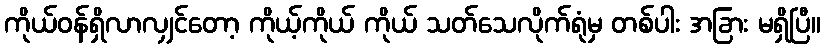
ကိုယ်ဝန်ရှိလာလျှင်တော့ ကိုယ့်ကိုယ် ကိုယ် သတ်သေလိုက်ရုံမှ တစ်ပါး အခြား မရှိပြီ။